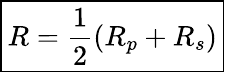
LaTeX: \boxed{R=\frac{1}{2}(R_{p}+R_{s})}